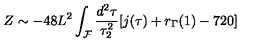
Z \sim - 4 8 L ^ { 2 } \int _ { \cal F } \frac { d ^ { 2 } \tau } { \tau _ { 2 } ^ { 2 } } [ j ( \tau ) + r _ { \Gamma } ( 1 ) - 7 2 0 ]